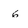
Character: 6